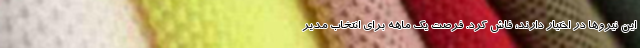
این نیروها در اختیار دارند، فاش کرد. فرصت یک ماهه برای انتخاب مدیر